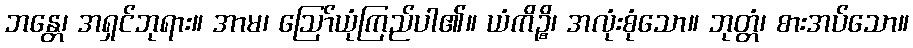
ဘန္တေ၊ အရှင်ဘုရား။ အာမ၊ ဩော်ယုံကြည်ပါ၏။ ယံကိဉ္စိ၊ အလုံးစုံသော။ ဘုတ္တံ၊ စားအပ်သော။